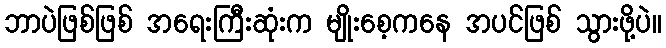
ဘာပဲဖြစ်ဖြစ် အရေးကြီးဆုံးက မျိုးစေ့ကနေ အပင်ဖြစ် သွားဖို့ပဲ။